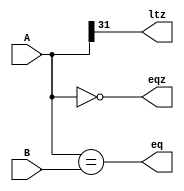
`timescale 1ns / 1ps
//////////////////////////////////////////////////////////////////////////////////
// Company: 
// Engineer: 
// 
// Design Name: 
// Module Name:    CMP 
// Project Name: 
// Target Devices: 
// Tool versions: 
// Description: 
//
// Dependencies: 
//
// Revision: 
// Revision 0.01 - File Created
// Additional Comments: 
//
//////////////////////////////////////////////////////////////////////////////////
module CMP(
    input [31:0] A,
    input [31:0] B,
    output eq,		// A == B
    output eqz,		// equal 0
    output ltz		// less then 0
    );
	assign eq = (A == B);
	assign eqz = (A == 0);
	assign ltz = A[31];


endmodule